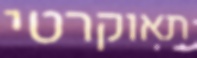
תאוקרטי